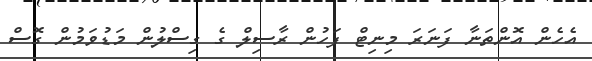
އެހެން އޮންތަނާ ފަނަރަ މިނިޓް ފަހުން ރާސިލް ގެ ގިސްލުން މަޑުވަމުން ގޮސް